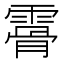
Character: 𩄨